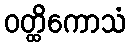
ဝတ္ထိကောသံ